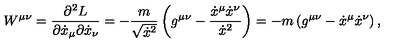
W ^ { \mu \nu } = \frac { \partial ^ { 2 } L } { \partial \dot { x } _ { \mu } \partial \dot { x } _ { \nu } } = - \frac { m } { \sqrt { \dot { x } ^ { 2 } } } \left( g ^ { \mu \nu } - \frac { \dot { x } ^ { \mu } \dot { x } ^ { \nu } } { \dot { x } ^ { 2 } } \right) = - m \left( g ^ { \mu \nu } - \dot { x } ^ { \mu } \dot { x } ^ { \nu } \right) ,